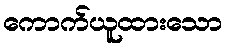
ကောက်ယူထားသော